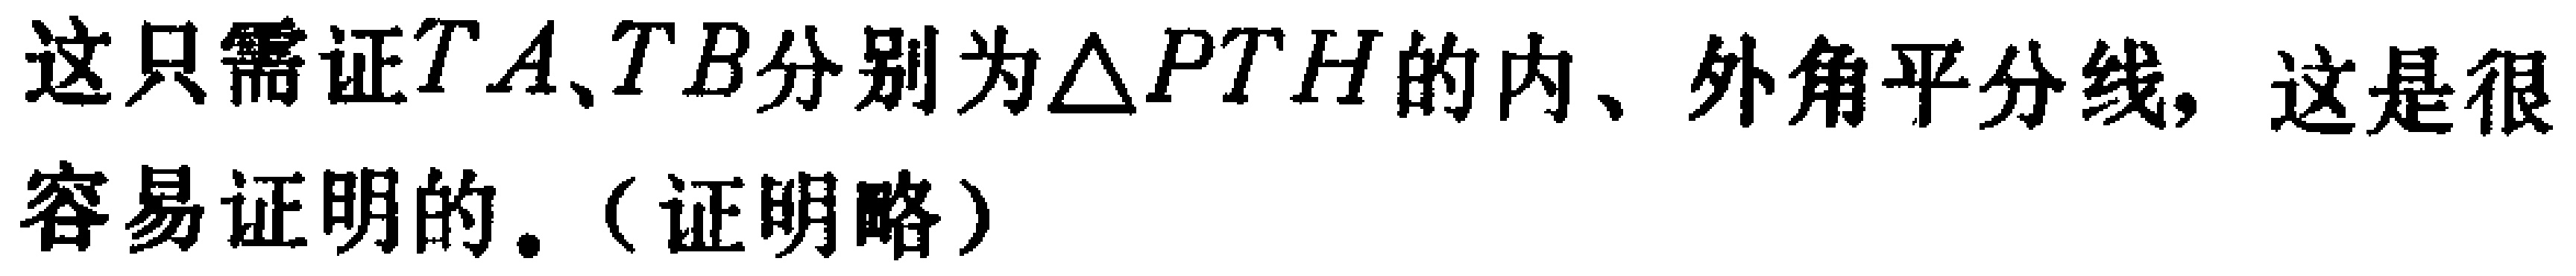
这只需证\(TA、TB\)分别为\(\triangle PTH\)的内、外角平分线，这是很容易证明的。（证明略）